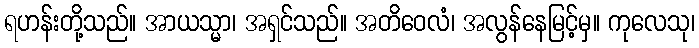
ရဟန်းတို့သည်။ အာယသ္မာ၊ အရှင်သည်။ အတိဝေလံ၊ အလွန်နေမြင့်မှ။ ကုလေသု၊